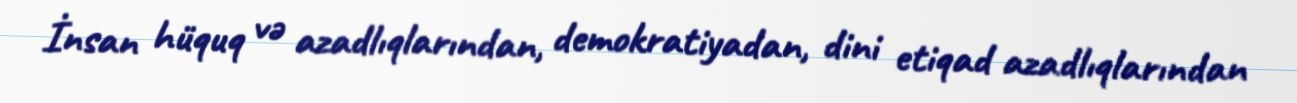
İnsan hüquq və azadlıqlarından, demokratiyadan, dini etiqad azadlıqlarından